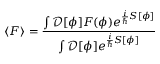
\langle F \rangle = { \frac { \int { \mathcal { D } } [ \phi ] F ( \phi ) e ^ { { \frac { i } { \hbar } } S [ \phi ] } } { \int { \mathcal { D } } [ \phi ] e ^ { { \frac { i } { \hbar } } S [ \phi ] } } }